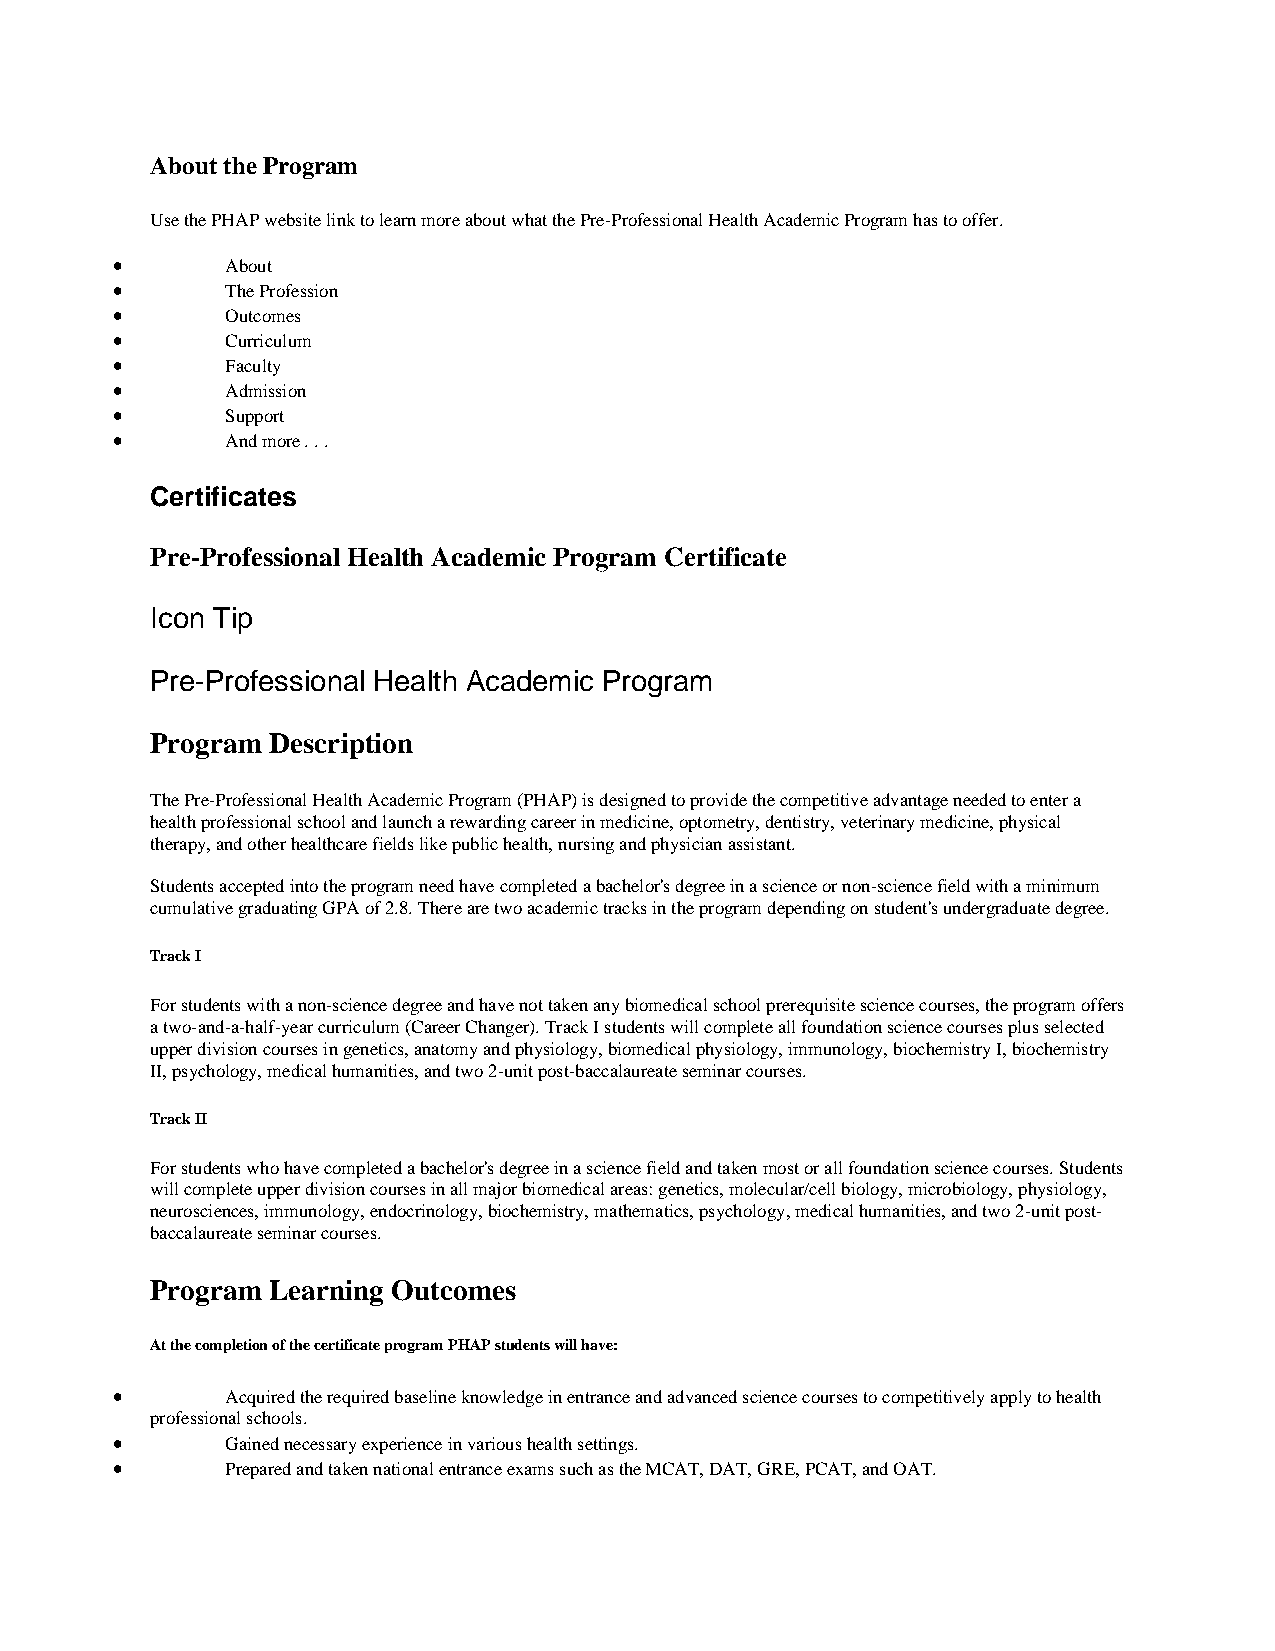
About the Program
 Use the PHAP website link to learn more about what the Pre-Professional Health Academic Program has to offer.
 •       About
 •       The Profession
 •       Outcomes
 •       Curriculum
 •       Faculty
 •       Admission
 •       Support
 •       And more . . .
 Certificates
 Pre-Professional Health Academic Program Certificate
 Icon Tip
 Pre-Professional Health Academic Program
 Program Description
 The Pre-Professional Health Academic Program (PHAP) is designed to provide the competitive advantage needed to enter a
 health professional school and launch a rewarding career in medicine, optometry, dentistry, veterinary medicine, physical
 therapy, and other healthcare fields like public health, nursing and physician assistant.
 Students accepted into the program need have completed a bachelor's degree in a science or non-science field with a minimum
 cumulative graduating GPA of 2.8. There are two academic tracks in the program depending on student's undergraduate degree.
 Track I
 For students with a non-science degree and have not taken any biomedical school prerequisite science courses, the program offers
 a two-and-a-half-year curriculum (Career Changer). Track I students will complete all foundation science courses plus selected
 upper division courses in genetics, anatomy and physiology, biomedical physiology, immunology, biochemistry I, biochemistry
 II, psychology, medical humanities, and two 2-unit post-baccalaureate seminar courses.
 Track II
 For students who have completed a bachelor's degree in a science field and taken most or all foundation science courses. Students
 will complete upper division courses in all major biomedical areas: genetics, molecular/cell biology, microbiology, physiology,
 neurosciences, immunology, endocrinology, biochemistry, mathematics, psychology, medical humanities, and two 2-unit post-
 baccalaureate seminar courses.
 Program Learning Outcomes
 At the completion of the certificate program PHAP students will have:
 •       Acquired the required baseline knowledge in entrance and advanced science courses to competitively apply to health
 professional schools.
 •       Gained necessary experience in various health settings.
 •       Prepared and taken national entrance exams such as the MCAT, DAT, GRE, PCAT, and OAT.